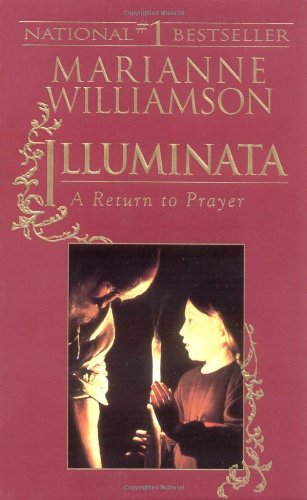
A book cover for Illuminata: A Return to Prayer; Marianne Williamson; Health, Fitness & Dieting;